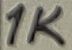
Text: 1K